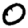
Digit: 0